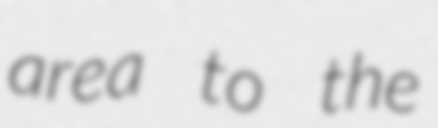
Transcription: area to the